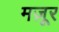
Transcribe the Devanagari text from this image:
मज़ूर